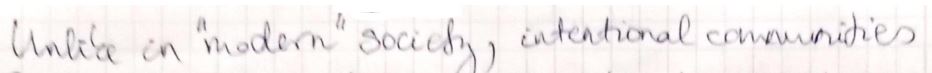
Unlike an " modern " society, international communities